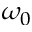
\omega _ { 0 }